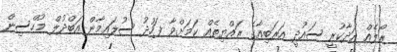
ރޯލެއް އަަދާކުރީ ސައުދީ އަރަބިއާގެ ރައްޔިތެއް ކަމަށްވާ ފަހުދު ސުލައިމާން އަބްދުލް މުހްސިން